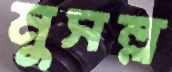
মুসল্ল